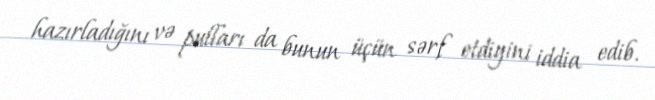
hazırladığını və pulları da bunun üçün sərf etdiyini iddia edib.